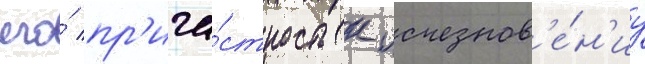
его́ пр'ича́стность к исчезнов'е́н'иу